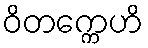
ဝိတက္ကေဟိ